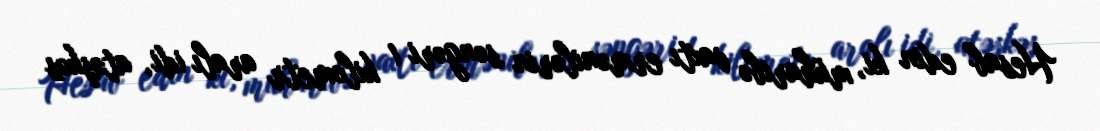
Hesab edin ki, müharibə vaxtı ermənilərin səngəri 1 kilometr aralı idi, atəşkəs